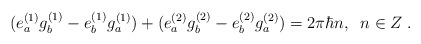
\begin{align*}(e_a^{(1)} g_b^{(1)} -e_b^{(1)} g_a^{(1)}) + (e_a^{(2)} g_b^{(2)} - e_b^{(2)} g_a^{(2)}) =2 \pi \hbar n, \; \; n \in Z \; . \end{align*}